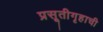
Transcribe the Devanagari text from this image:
प्रसूतीगृहाची